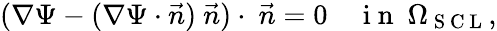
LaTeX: (\nabla\Psi-(\nabla\Psi\cdot\vec{n})\ \vec{n})\cdot\ \vec{n}=0\quad\mathrm{~i~n~}\ \Omega_{\mathrm{~S~C~L~}},